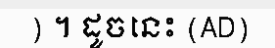
) ។ ដូចនេះ (AD)